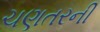
ચણતરની